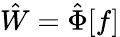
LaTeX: \hat{W}=\hat{\Phi}[f]